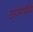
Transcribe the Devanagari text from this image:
टागोरांनीही